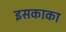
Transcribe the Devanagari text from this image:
इसकाका